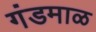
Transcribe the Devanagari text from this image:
गंडमाळ